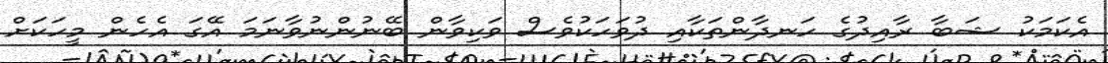
އެކަމަކު ޝަބާ ރާއިދުގެ ހަނދާންތަކާއި ދުވަހަކުވެސް ވަކިވާން ބޭނުންނުވާނަމަ އޭގަ އެހެން މީހަކަށް